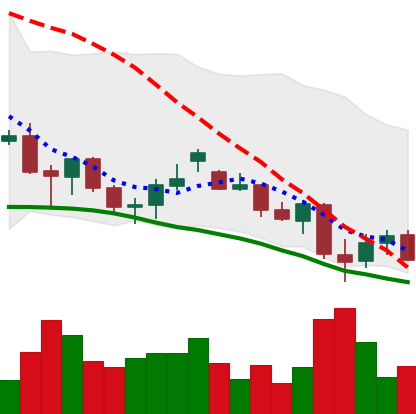
Ticker: LINK-USD
Chart end date: 2021-06-25
Forward return: 15.157%
Label: up_7plus